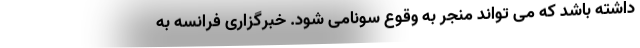
داشته باشد که می تواند منجر به وقوع سونامی شود. خبرگزاری فرانسه به